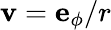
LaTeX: \mathbf{v}=\mathbf{e}_{\phi}/r